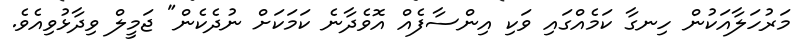
މަރުހަލާއަކުން ހިނގާ ކަމެއްގައި ވަކި އިންސާފެއް އޮވެދާނެ ކަމަކަށް ނުދެކެން" ޖަމީލް ވިދާޅުވިއެވެ.